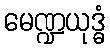
မေဏ္ဍယုဒ္ဓံ